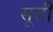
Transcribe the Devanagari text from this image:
सूत्ती